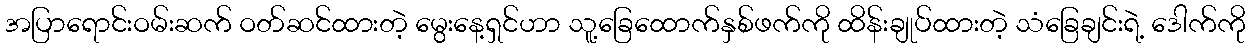
အပြာရောင်းဝမ်းဆက် ဝတ်ဆင်ထားတဲ့ မွေးနေ့ရှင်ဟာ သူ့ခြေထောက်နှစ်ဖက်ကို ထိန်းချုပ်ထားတဲ့ သံခြေချင်းရဲ့ ဒေါက်ကို